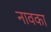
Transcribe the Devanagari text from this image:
नावका